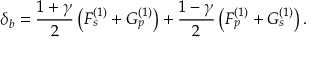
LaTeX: \delta _ { b } = { \frac { 1 + \gamma } { 2 } } \left( F _ { s } ^ { ( 1 ) } + G _ { p } ^ { ( 1 ) } \right) + { \frac { 1 - \gamma } { 2 } } \left( F _ { p } ^ { ( 1 ) } + G _ { s } ^ { ( 1 ) } \right) .